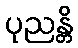
ပုညန္တိ